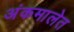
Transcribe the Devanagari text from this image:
अंकमालेत